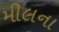
મીલના